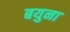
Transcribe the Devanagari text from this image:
बयुना